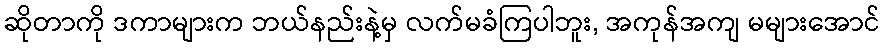
ဆိုတာကို ဒကာများက ဘယ်နည်းနဲ့မှ လက်မခံကြပါဘူး, အကုန်အကျ မများအောင်